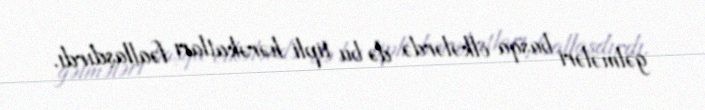
gəlmələri başqa ölkələrdə də bu tipli hərəkatları fəallaşdırdı.